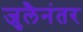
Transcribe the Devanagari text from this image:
जुलैनंतर